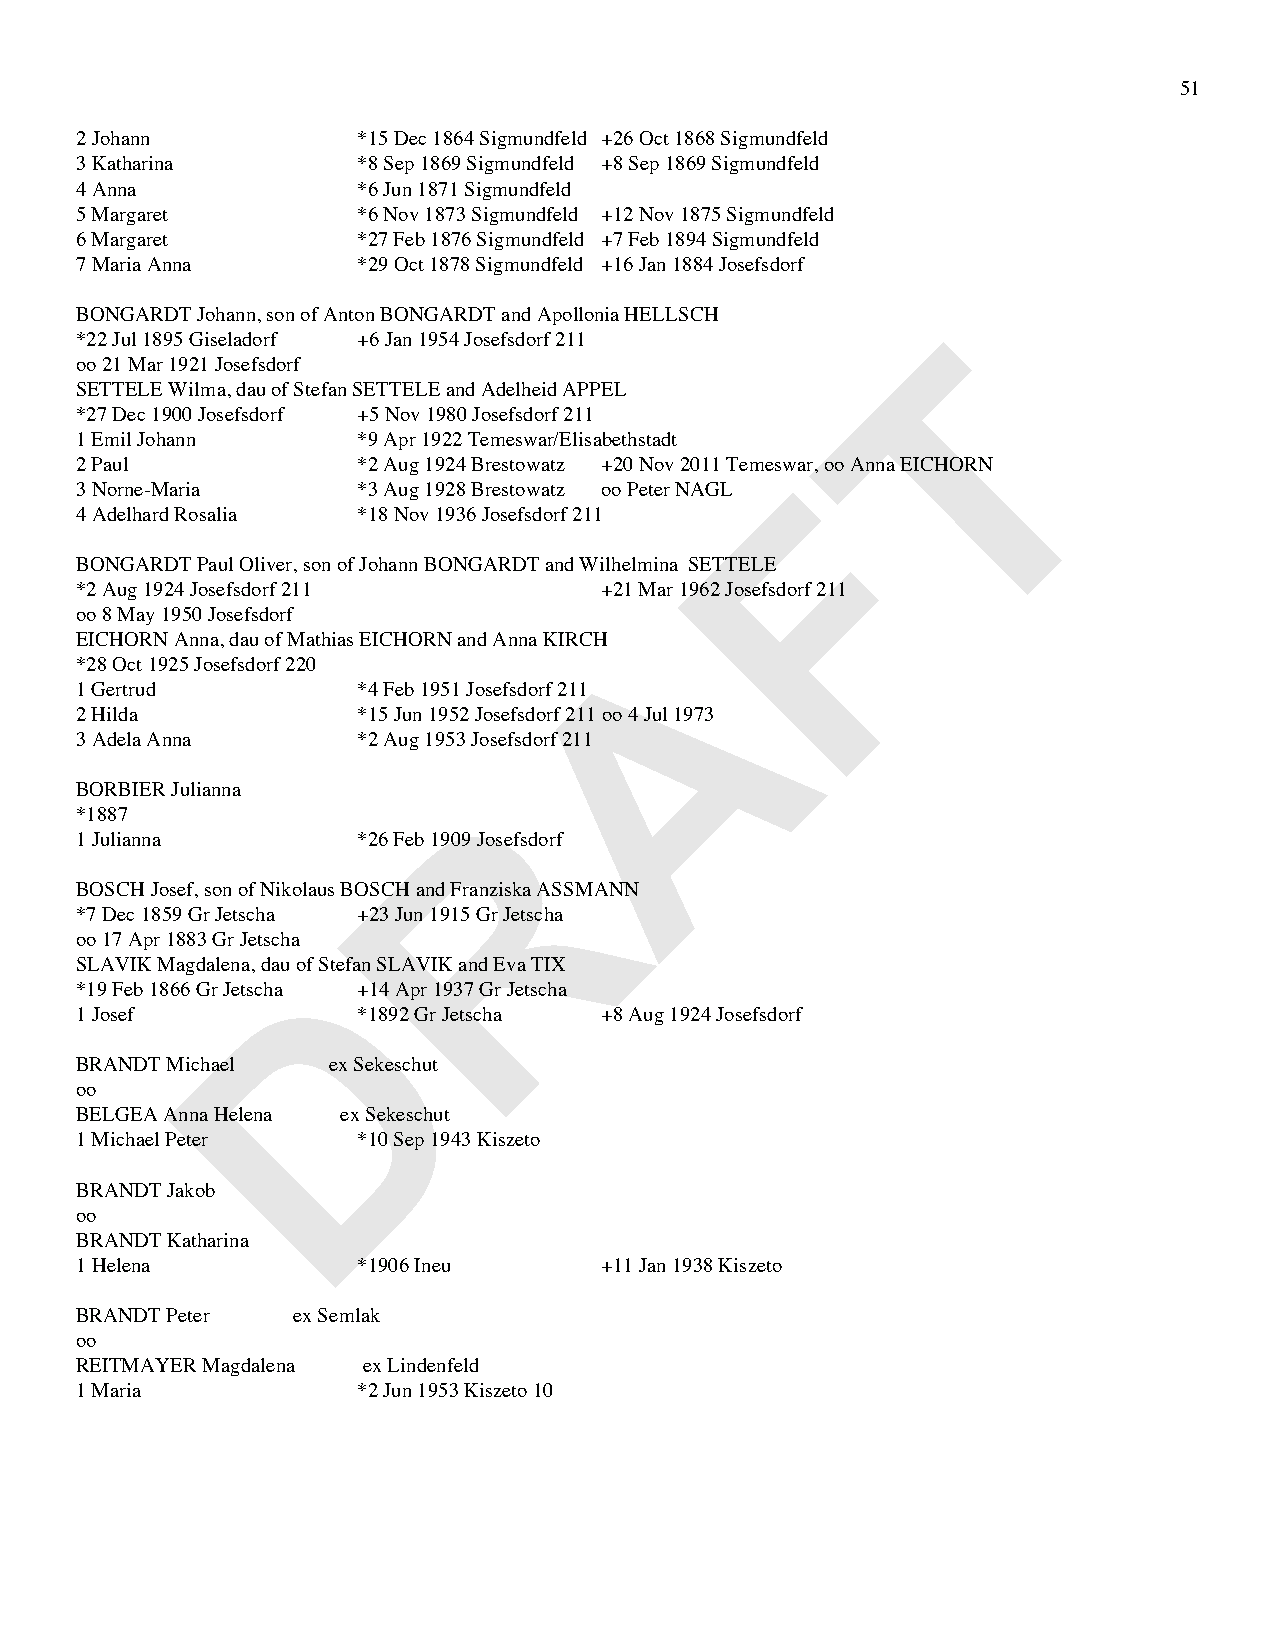
51
 2 Johann           *15 Dec 1864 Sigmundfeld +26 Oct 1868 Sigmundfeld
 3 Katharina        *8 Sep 1869 Sigmundfeld +8 Sep 1869 Sigmundfeld
 4 Anna             *6 Jun 1871 Sigmundfeld
 5 Margaret         *6 Nov 1873 Sigmundfeld +12 Nov 1875 Sigmundfeld
 6 Margaret         *27 Feb 1876 Sigmundfeld +7 Feb 1894 Sigmundfeld
 7 Maria Anna       *29 Oct 1878 Sigmundfeld +16 Jan 1884 Josefsdorf
 BONGARDT Johann, son of Anton BONGARDT and Apollonia HELLSCH
 T
 *22 Jul 1895 Giseladorf +6 Jan 1954 Josefsdorf 211
 oo 21 Mar 1921 Josefsdorf
 SETTELE Wilma, dau of Stefan SETTELE and Adelheid APPEL
 *27 Dec 1900 Josefsdorf +5 Nov 1980 Josefsdorf 211
 1 Emil Johann      *9 Apr 1922 Temeswar/Elisabethstadt
 2 Paul             *2 Aug 1924 Brestowatz +20 Nov 2011 TemeswFar, oo Anna EICHORN
 3 Norne-Maria      *3 Aug 1928 Brestowatz oo Peter NAGL
 4 Adelhard Rosalia *18 Nov 1936 Josefsdorf 211
 BONGARDT Paul Oliver, son of Johann BONGARDT and Wilhelmina SETTELE
 *2 Aug 1924 Josefsdorf 211         +21 Mar 1962 Josefsdorf 211
 oo 8 May 1950 Josefsdorf             A
 EICHORN Anna, dau of Mathias EICHORN and Anna KIRCH
 *28 Oct 1925 Josefsdorf 220
 1 Gertrud          *4 Feb 1951 Josefsdorf 211
 2 Hilda            *15 Jun 1952 Josefsdorf 211 oo 4 Jul 1973
 3 Adela Anna       *2 Aug 1953 Josefsdorf 211
 R
 BORBIER Julianna
 *1887
 1 Julianna         *26 Feb 1909 Josefsdorf
 BOSCH Josef, son of Nikolaus BOSCH and Franziska ASSMANN
 *7 Dec 1859 Gr Jetscha +23 Jun 1915 Gr Jetscha
 oo 17 Apr 1883 Gr Jetscha
 D
 SLAVIK Magdalena, dau of Stefan SLAVIK and Eva TIX
 *19 Feb 1866 Gr Jetscha +14 Apr 1937 Gr Jetscha
 1 Josef            *1892 Gr Jetscha +8 Aug 1924 Josefsdorf
 BRANDT Michael   ex Sekeschut
 oo
 BELGEA Anna Helena ex Sekeschut
 1 Michael Peter    *10 Sep 1943 Kiszeto
 BRANDT Jakob
 oo
 BRANDT Katharina
 1 Helena           *1906 Ineu      +11 Jan 1938 Kiszeto
 BRANDT Peter  ex Semlak
 oo
 REITMAYER Magdalena ex Lindenfeld
 1 Maria            *2 Jun 1953 Kiszeto 10